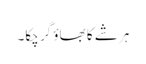
ہر شے کا بھاؤ گر چکا۔